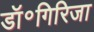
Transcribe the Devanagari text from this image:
डॉ॰गिरिजा